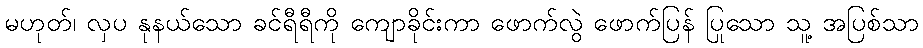
မဟုတ်၊ လှပ နုနယ်သော ခင်ရီရီကို ကျောခိုင်းကာ ဖောက်လွဲ ဖောက်ပြန် ပြုသော သူ့ အပြစ်သာ